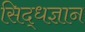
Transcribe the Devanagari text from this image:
सिद्धज्ञान